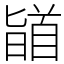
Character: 䭫